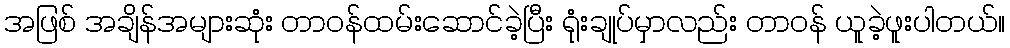
အဖြစ် အချိန်အများဆုံး တာဝန်ထမ်းဆောင်ခဲ့ပြီး ရုံးချုပ်မှာလည်း တာဝန် ယူခဲ့ဖူးပါတယ်။